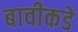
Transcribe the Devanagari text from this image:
बावीकडे